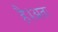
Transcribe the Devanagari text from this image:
है।अतः